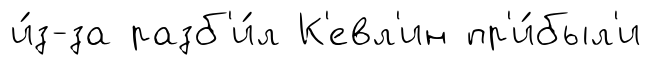
и́з-за разб'и́л К'евл'ин пр'и́был'и